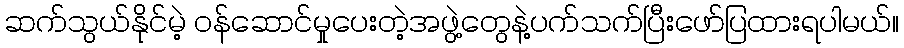
ဆက်သွယ်နိုင်မဲ့ ဝန်ဆောင်မှုပေးတဲ့အဖွဲ့တွေနဲ့ပက်သက်ပြီးဖော်ပြထားရပါမယ်။